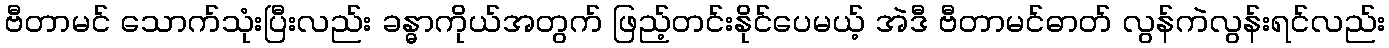
ဗီတာမင် သောက်သုံးပြီးလည်း ခန္ဓာကိုယ်အတွက် ဖြည့်တင်းနိုင်ပေမယ့် အဲဒီ ဗီတာမင်ဓာတ် လွန်ကဲလွန်းရင်လည်း